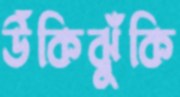
উঁকিঝুঁকি